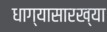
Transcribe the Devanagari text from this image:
धाग्यासारख्या